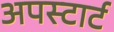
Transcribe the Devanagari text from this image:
अपस्टार्ट